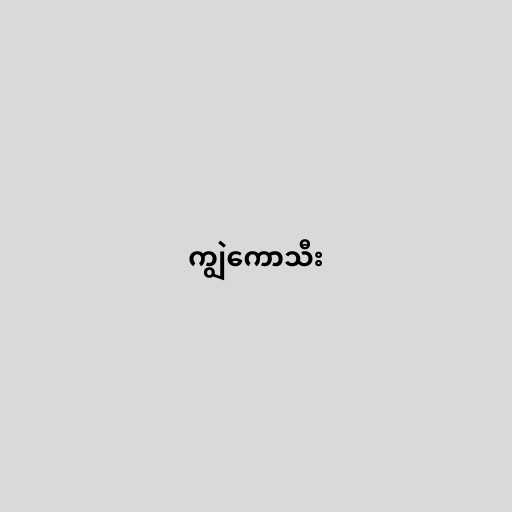
ကျွဲကောသီး